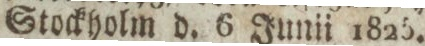
Stockholm d. 6 Junii 1825.